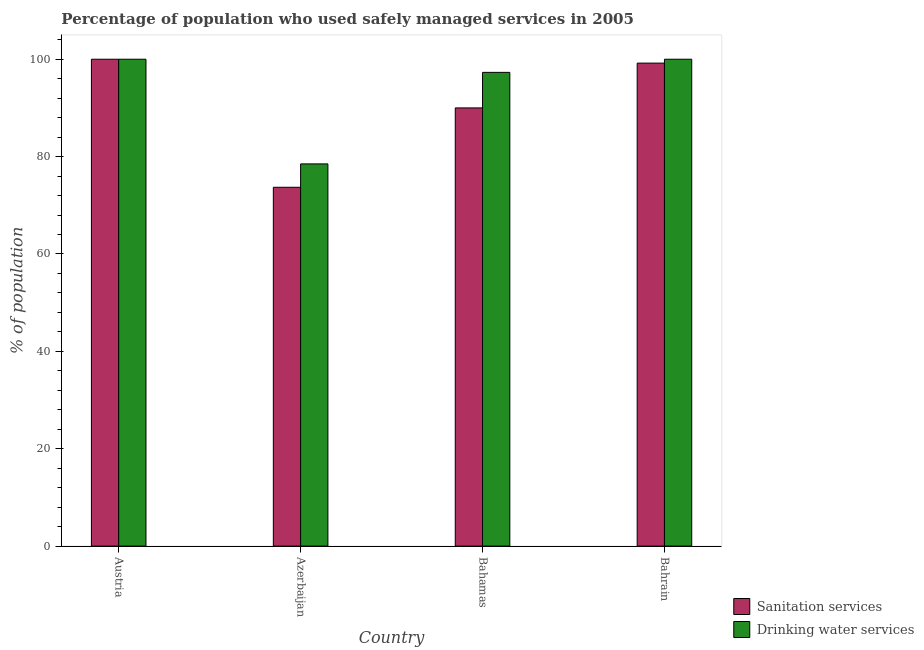
| Country | Sanitation services | Drinking water services |
 | --- | --- | --- |
 | Austria | 100 | 100 |
 | Azerbaijan | 73.7 | 78.5 |
 | Bahamas | 90 | 97.3 |
 | Bahrain | 99.2 | 100 |